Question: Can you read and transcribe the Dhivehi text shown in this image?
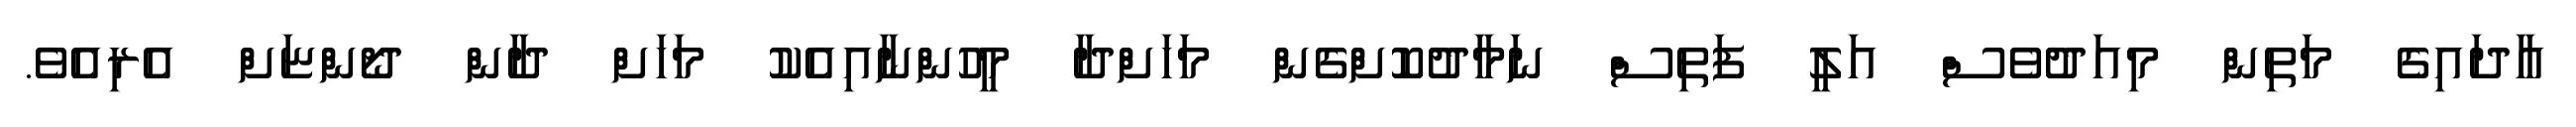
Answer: އާދައިގެ މަތިން މިއަދުވެސް އަލީ ފަތިސް ނަމާދުކޮށްގެން މަހަށްދާ މީހުންނާއިއެކު މަހަށް ދާން ދޯންޏަށް އެރިއެވެ.